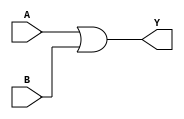
module combinational_logic (
    input wire A,  // First input
    input wire B,  // Second input
    output wire Y  // Output
);

// Combinational logic implementation
assign Y = A | B; // Logic function derived from the truth table

endmodule